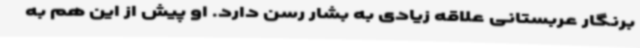
برنگار عربستانی علاقه زیادی به بشار رسن دارد. او پیش از این هم به